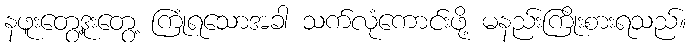
နဖူးတွေ့ဒူးတွေ့ ကြုံရသောအခါ သက်လုံကောင်းဖို့ မနည်းကြိုးစားရသည်။